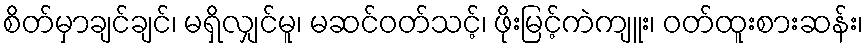
စိတ်မှာချင်ချင်၊ မရှိလျှင်မူ၊ မဆင်ဝတ်သင့်၊ ဖိုးမြင့်ကဲကျူး၊ ဝတ်ထူးစားဆန်း၊